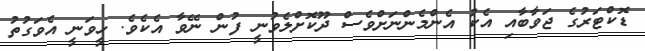
ޑޮކްޓަރުގެ ޖަވާބާއި އެކު އެންމެންނަށްވެސް ދޫކޮށްލެވުނީ ފުން ނޭވާ އެކެވެ. ހީވަނީ އެވަގުތު